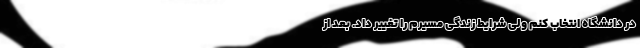
در دانشگاه انتخاب کنم ولی شرایط زندگی مسیرم را تغییر داد. بعد از